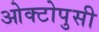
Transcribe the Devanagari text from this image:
ओक्टोपुसी